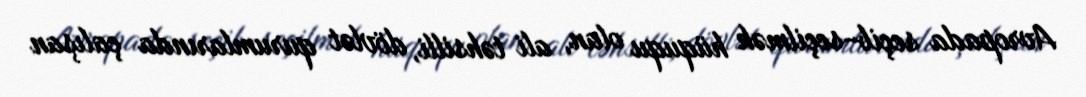
Avropada seçib-seçilmək hüququ olan, ali təhsilli, dövlət qurumlarında çalışan